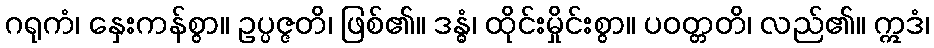
ဂရုကံ၊ နှေးကန်စွာ။ ဥပ္ပဇ္ဇတိ၊ ဖြစ်၏။ ဒန္ဓံ၊ ထိုင်းမှိုင်းစွာ။ ပဝတ္တတိ၊ လည်၏။ ဣဒံ၊